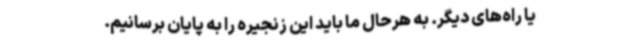
یا راه‌های دیگر. به هرحال ما باید این زنجیره را به پایان برسانیم.